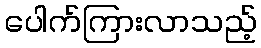
ပေါက်ကြားလာသည့်